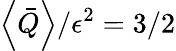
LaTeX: \left<\bar{Q}\right>/\epsilon^{2}=3/2